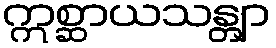
ဣစ္ဆာယသန္တျာ